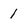
Character: 1